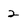
Character: 2